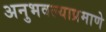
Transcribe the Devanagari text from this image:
अनुभवल्याप्रमाणे